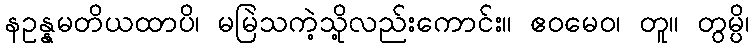
နဥန္နမတိယထာပိ၊ မမြဲသကဲ့သို့လည်းကောင်း။ ဧဝမေဝ၊ တူ။ တွမ္ပိ၊